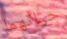
حياتهما